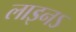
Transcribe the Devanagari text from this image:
लाइनऽ